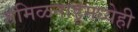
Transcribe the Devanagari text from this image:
तमिळनाडूमध्येही